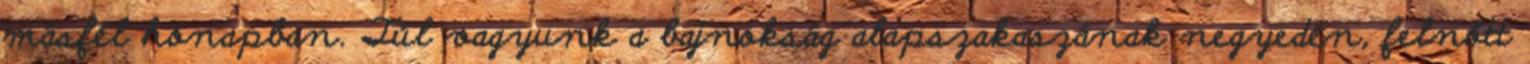
másfél hónapban. Túl vagyunk a bajnokság alapszakaszának negyedén, felnőtt